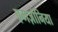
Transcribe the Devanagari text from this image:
एमज़ोनिया